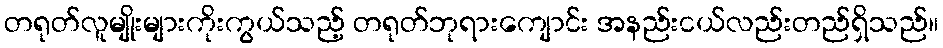
တရုတ်လူမျိုးများကိုးကွယ်သည့် တရုတ်ဘုရားကျောင်း အနည်းငယ်လည်းတည်ရှိသည်။